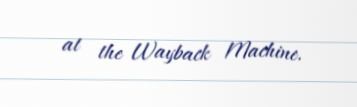
at the Wayback Machine.